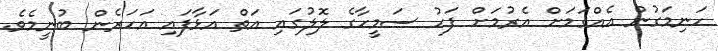
ހަނިމަގުން އެއްގަމަށް އެރުމަށް ފަހު ސަމީހާގެ ލޮލުގައި އަތް އަޅާފައި އަހަރެން ބުނީމެވެ.